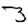
Digit: 3